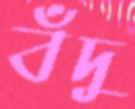
বঁদু